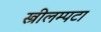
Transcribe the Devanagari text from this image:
स्त्रीलम्पटा